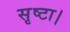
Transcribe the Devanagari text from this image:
सृष्टा।